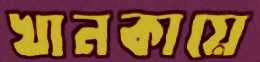
খানকায়ে